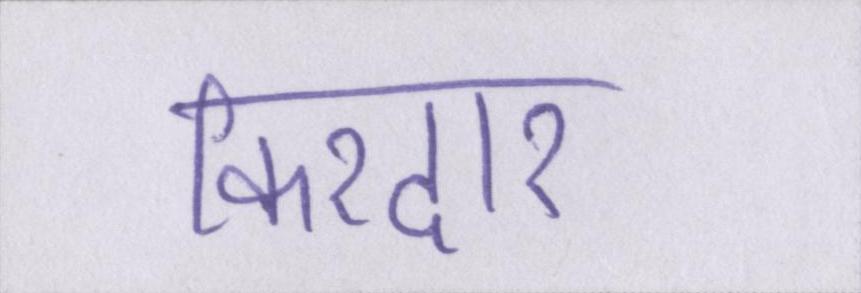
किरदार